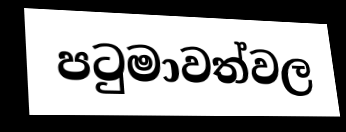
පටුමාවත්වල